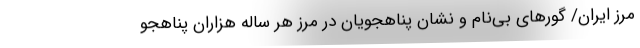
مرز ایران/ گورهای بی‌نام و نشان پناهجویان در مرز هر ساله هزاران پناهجو